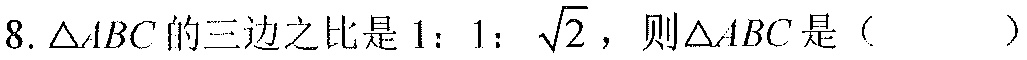
8. \(\triangle ABC\)的三边之比是\(1:1:\sqrt{2}\)，则\(\triangle ABC\)是（  ）